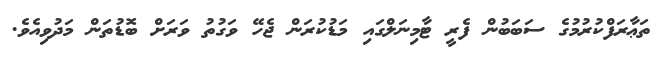
ތަޢާރަފްކުރުމުގެ ސަބަބުން ފެރީ ޓާމިނަލްގައި މަޑުކުރަން ޖެހޭ ވަގުތު ވަރަށް ބޮޑުތަން މަދުވިއެވެ.